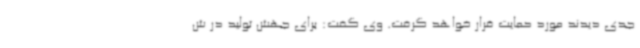
جدی دیدند مورد حمایت قرار خواهد گرفت. وی گفت: برای جهش تولید در ش